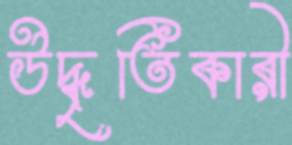
উদ্ধৃতিকারী